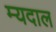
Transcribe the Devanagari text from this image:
म्यदाल